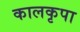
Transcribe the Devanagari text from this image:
कालकृपा